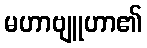
မဟာဗျူဟာ၏